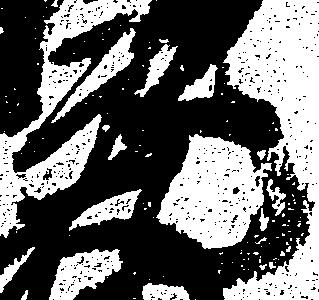
元